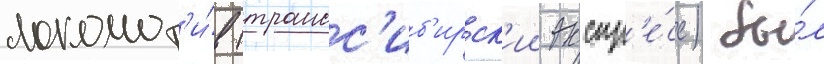
локомот'и́в (трансс'иб'ирск'ии экспр'е́сс) бы́л